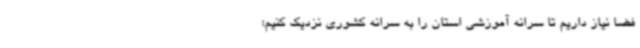
فضا نیاز داریم تا سرانه آموزشی استان را به سرانه کشوری نزدیک کنیم؛